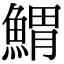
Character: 𩹂